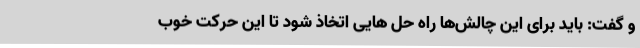
و گفت: باید برای این چالش‌ها راه حل هایی اتخاذ شود تا این حرکت خوب